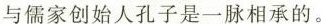
与儒家创始人孔子是一脉相承的。